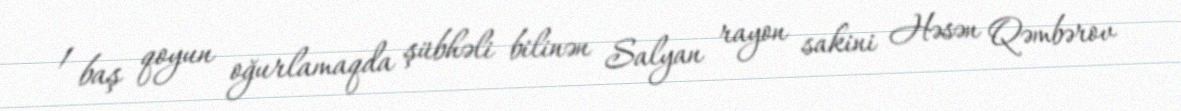
1 baş qoyun oğurlamaqda şübhəli bilinən Salyan rayon sakini Həsən Qəmbərov